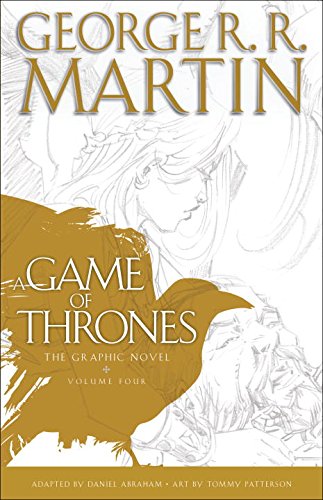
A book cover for A Game of Thrones: The Graphic Novel: Volume Four; George R. R. Martin; Comics & Graphic Novels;